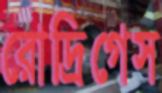
রোদ্রিগেস